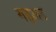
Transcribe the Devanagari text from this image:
गइअउ